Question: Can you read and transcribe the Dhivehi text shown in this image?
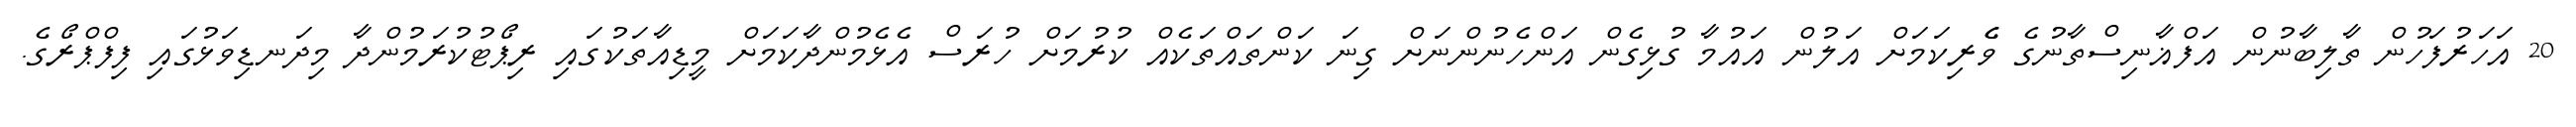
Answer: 20 އަހަރުފަހުން ތާލިބާނުން އަފްޣާނިސްތާނުގެ ވެެރިކަމަށް އަލުން އައުމާ ގުޅިގެން އަންހެނުންނަށް ގިނަ ކަންތައްތަކެއް ކުރުމަށް ހުރަސް އެޅެމުންދާކަމަށް މީޑިއާތަކުގައި ރިޕޯޓުކުރަމުންދާ މިދަނޑިވަޅުގައި ފިފްޕްރޯގެ.